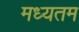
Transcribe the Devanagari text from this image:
मध्यतम